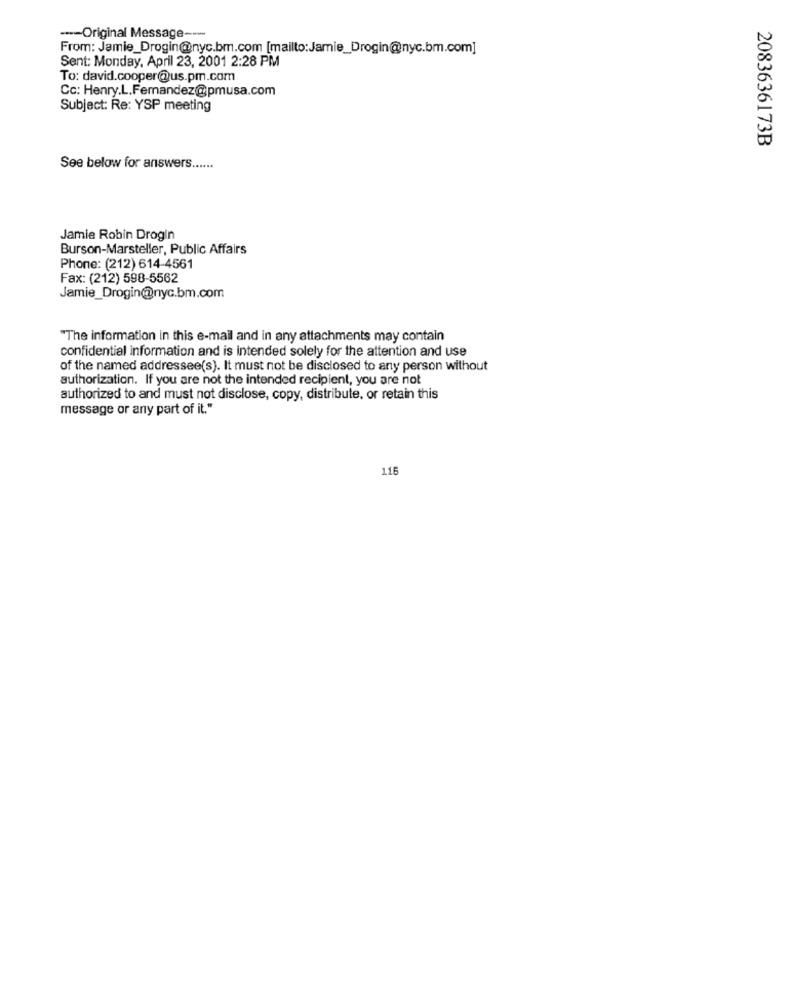
---- Original Message ---
From: Jamie_Drogin@nyc.bm.com [mailto:Jamie_Drogin@nyc.bm.com]
Sent: Monday, April 23, 2001 2:28 PM
To: david.cooper@us.pm.com
Cc: Henry.L.Fernandez@pmusa.com
Subject: Re: YSP meeting
2083636173B
See below for answers ......
Jamie Robin Drogin
Burson-Marsteller, Public Affairs
Phone: (212) 614-4561
Fax: (212) 598-5562
Jamie_Drogin@nyc.bm.com
"The information in this e-mail and in any attachments may contain
confidential information and is intended solely for the attention and use
of the named addressee(s). It must not be disclosed to any person without
authorization. If you are not the intended recipient, you are not
authorized to and must not disclose, copy, distribute, or retain this
message or any part of it."
116